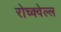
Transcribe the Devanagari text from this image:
रोच्क्वेल्ल